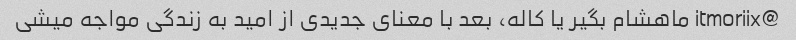
@itmoriix ماهشام بگیر یا کاله، بعد با معنای جدیدی از امید به زندگی مواجه میشی